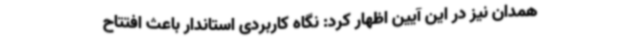
همدان نیز در این آیین اظهار کرد: نگاه کاربردی استاندار باعث افتتاح